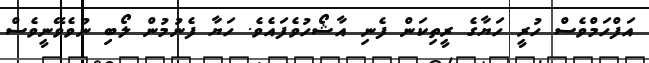
އަފްހަމްވެސް ހުރީ ހަޔާގެ ރީތިކަން ފެނި އާޝޯހުވެފައެވެ. ހަޔާ ފެނުމުން ލޯބި ނުވެވޭނީވެސް